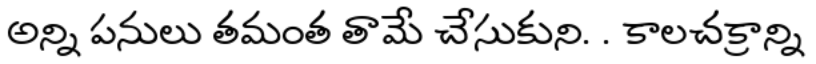
అన్ని పనులు తమంత తామే చేసుకుని. . కాలచక్రాన్ని